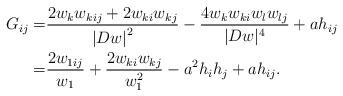
LaTeX: \begin{align*}G_{ij} =& \frac{{2w_k w_{kij} + 2w_{ki} w_{kj} }}{{\left| {Dw} \right|^2 }} - \frac{{4w_k w_{ki} w_l w_{lj} }}{{| Dw |^4 }} + ah_{ij} \\=& \frac{{2w_{1ij} }}{{w_1 }} + \frac{{2w_{ki} w_{kj} }}{{w_1 ^2 }} - a^2h_i h_j + ah_{ij}.\end{align*}